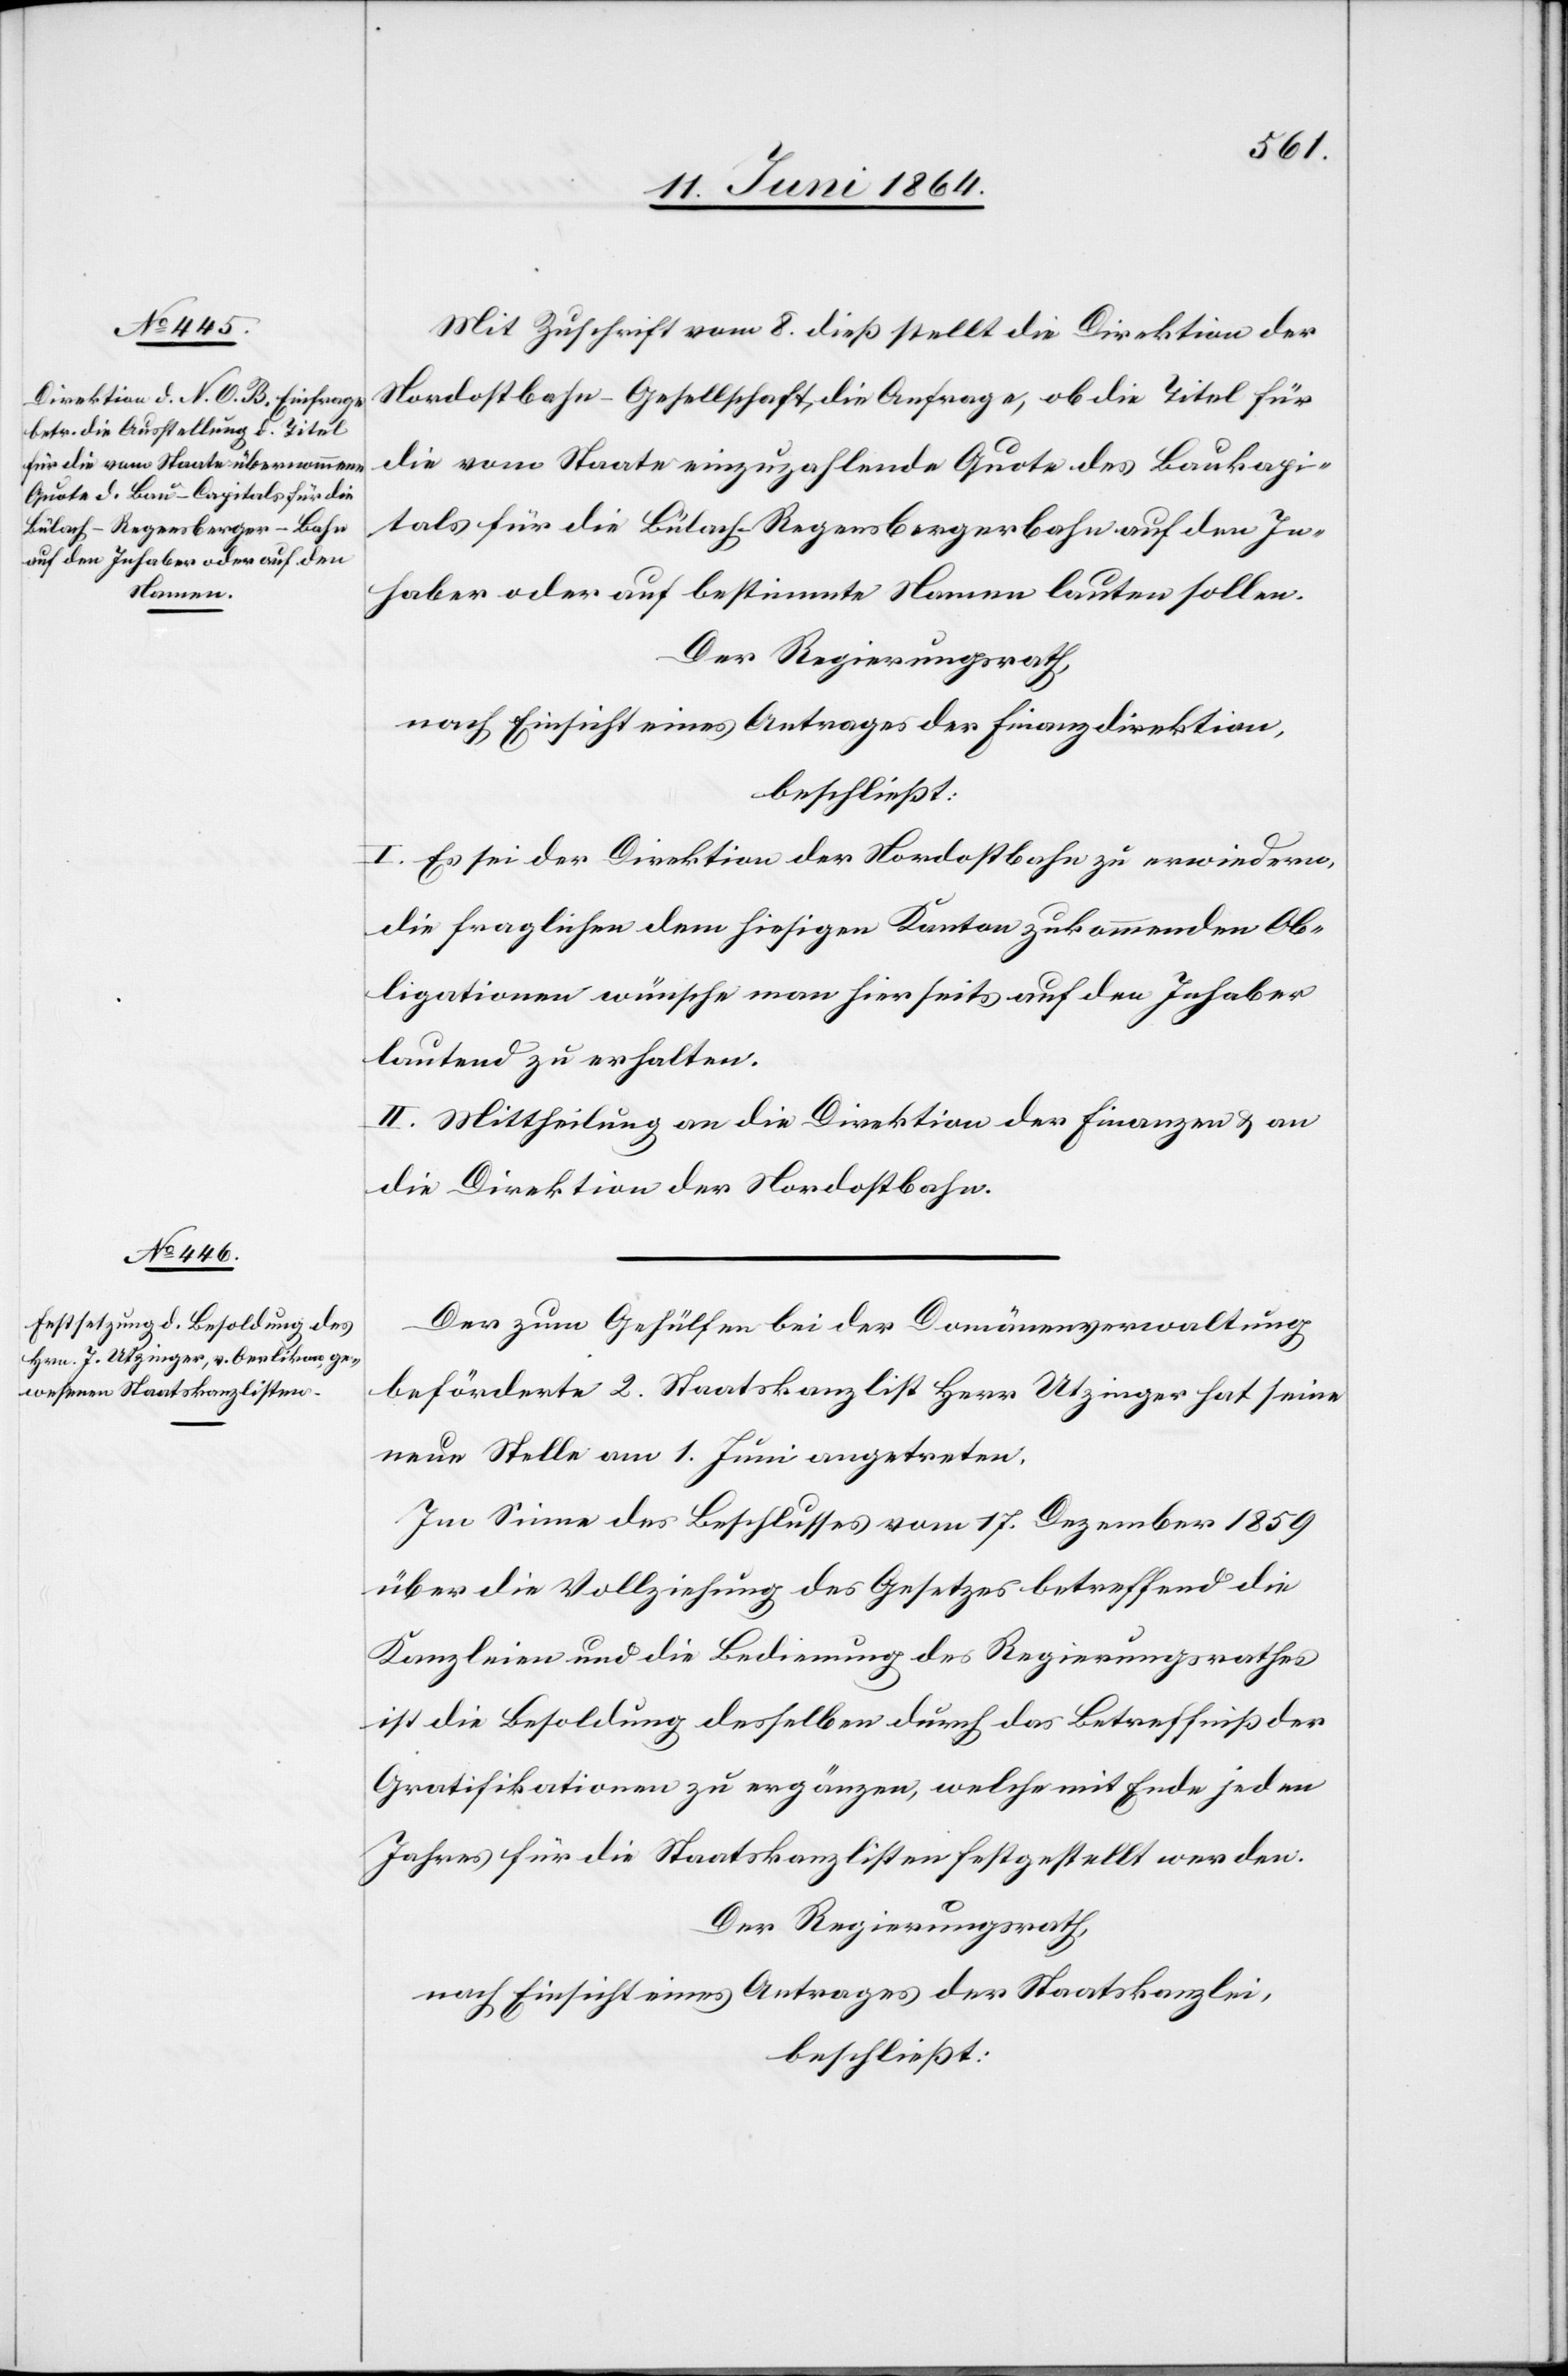
Mit Zuschrift vom 8. dieß stellt die Direktion der
Nordostbahn-Gesellschaft die Anfrage, ob die Titel für
die vom Staate einzuzahlende Quote des Baukapi¬
tals für die Bülach–Regensbergerbahn auf den In¬
haber oder auf bestimmte Namen lauten sollen.
Der Regierungsrath,
nach Einsicht eines Antrages der Finanzdirektion,
beschließt:
I. Es sei der Direktion der Nordostbahn zu erwiedern,
die fraglichen dem hiesigen Kanton zukommenden Ob¬
ligationen wünsche man hierseits auf den Inhaber
lautend zu erhalten.
II. Mittheilung an die Direktion der Finanzen u. an
die Direktion der Nordostbahn.
Der zum Gehülfen bei der Domänenverwaltung
beförderte 2. Staatskanzlist Herr Utzinger hat seine
neue Stelle am 1. Juni angetreten.
Im Sinne des Beschlusses vom 17. Dezember 1859
über die Vollziehung des Gesetzes betreffend die
Kanzleien und die Bedienung des Regierungsrathes
ist die Besoldung desselben durch das Betreffniß der
Gratifikationen zu ergänzen, welche mit Ende jeden
Jahres für die Staatskanzlisten festgestellt werden.
Der Regierungsrath,
nach Einsicht eines Antrages der Staatskanzlei,
beschließt: